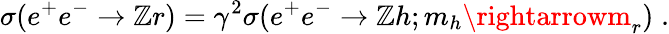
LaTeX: \sigma(e^{+}e^{-}\rightarrow\mathbb{Z}r)=\gamma^{2}\sigma(e^{+}e^{-}\rightarrow\mathbb{Z}h;m_{h}\rightarrowm_{r})\; .